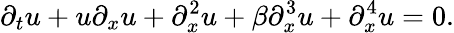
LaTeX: \partial_{t}u+u\partial_{x}u+\partial_{x}^{2}u+\beta\partial_{x}^{3}u+\partial_{x}^{4}u=0.